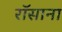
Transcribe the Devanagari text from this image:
रॉसाना